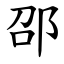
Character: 邵